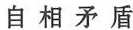
自相矛盾